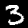
Digit: 3